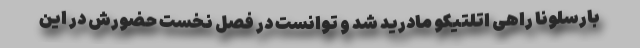
بارسلونا راهی اتلتیکو مادرید شد و توانست در فصل نخست حضورش در این